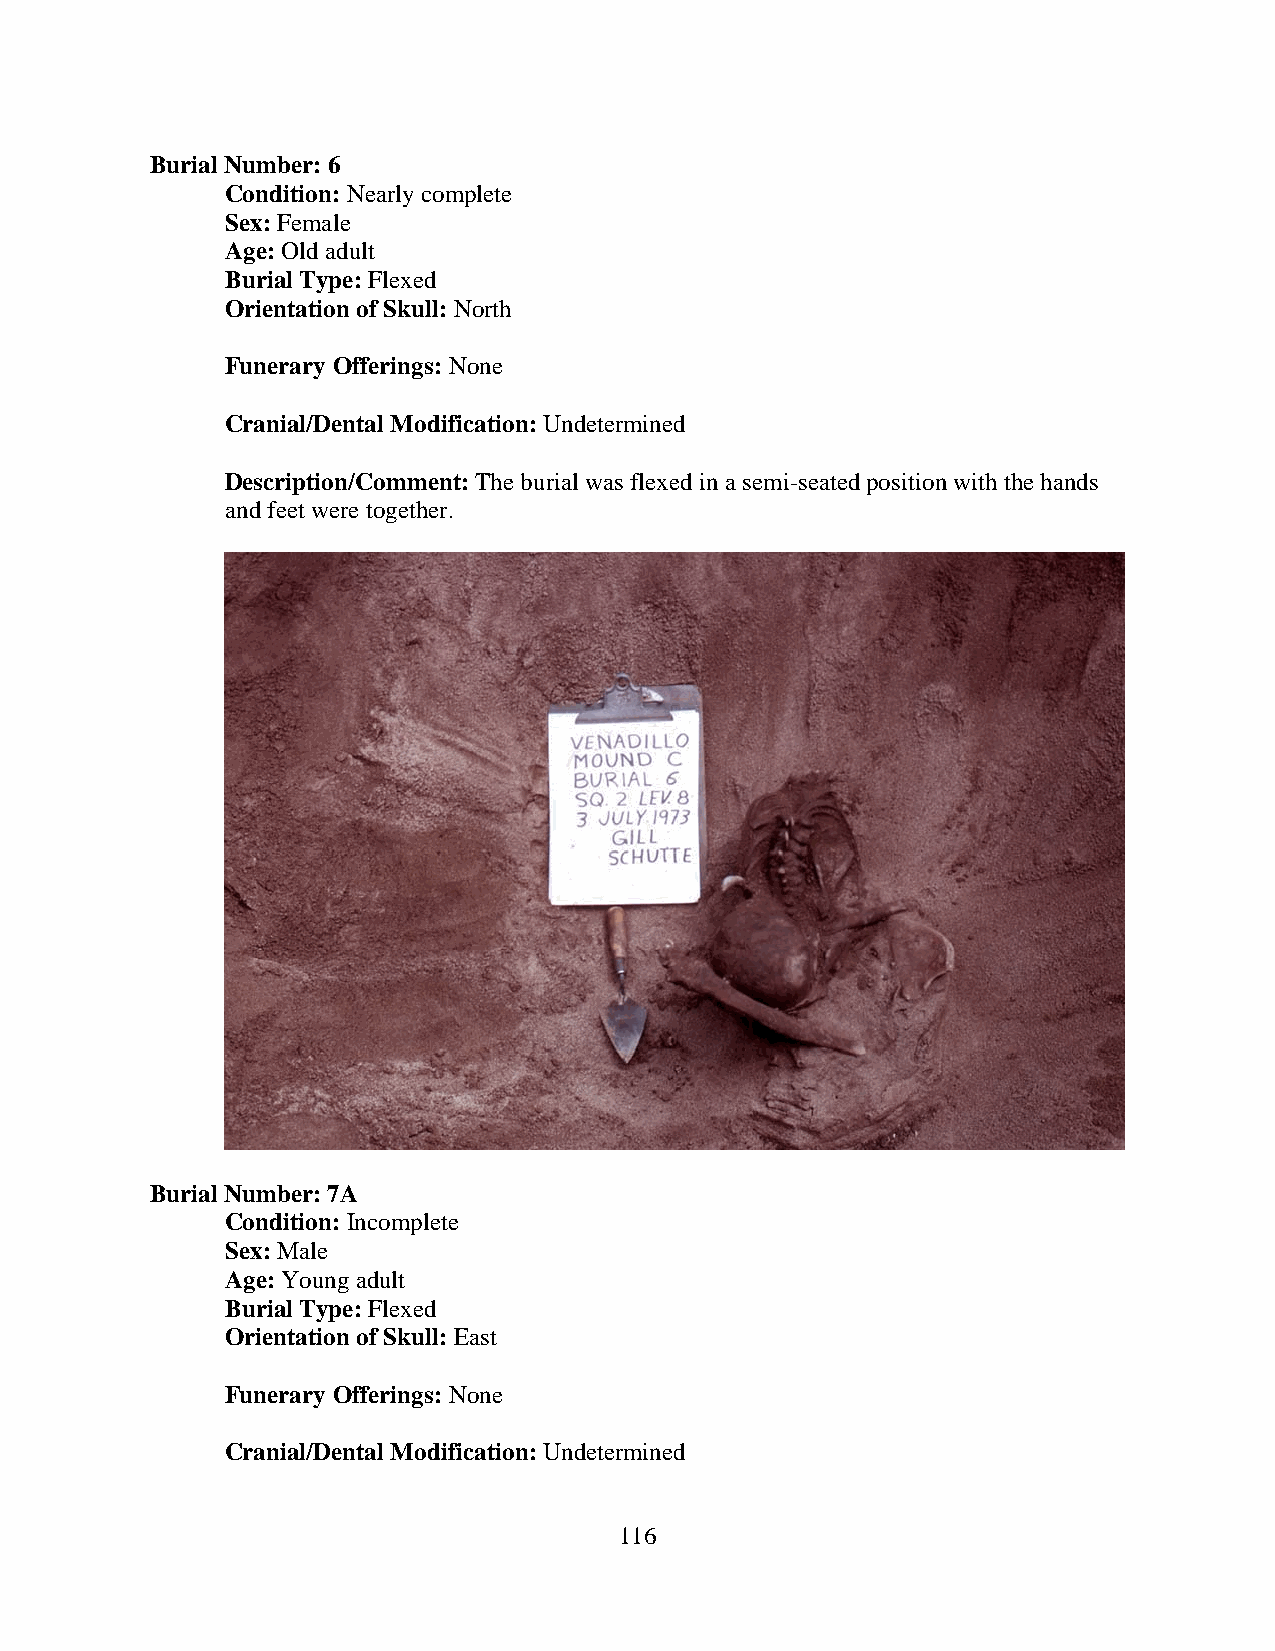
Burial Number: 6
 Condition: Nearly complete
 Sex: Female
 Age: Old adult
 Burial Type: Flexed
 Orientation of Skull: North
 Funerary Offerings: None
 Cranial/Dental Modification: Undetermined
 Description/Comment: The burial was flexed in a semi-seated position with the hands
 and feet were together.
 Burial Number: 7A
 Condition: Incomplete
 Sex: Male
 Age: Young adult
 Burial Type: Flexed
 Orientation of Skull: East
 Funerary Offerings: None
 Cranial/Dental Modification: Undetermined
 116